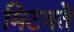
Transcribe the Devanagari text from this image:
मिटवते